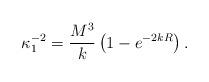
LaTeX: \begin{align*}\kappa_{1}^{-2} = \frac{M^{3}}{k} \left( 1-e^{-2kR} \right).\end{align*}